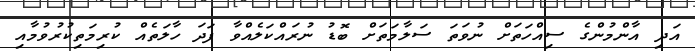
އަދި އާންމުންގެ ސިއްހަތަށް ނުވަތަ ސަލާމަތަށް ބޮޑު ނުރައްކަލެއްވާ ފަދަ ހާލަތެއް ކުރިމަތިކުރުވުމާއި